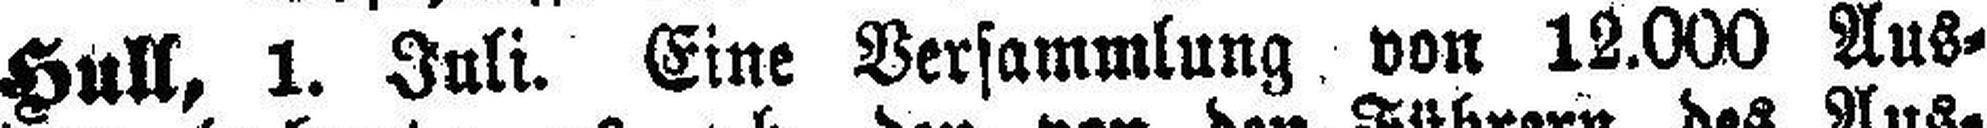
Hull, 1. Juli. Eine Versammlung von 12.000 Aus¬